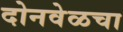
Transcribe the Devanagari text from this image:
दोनवेळचा